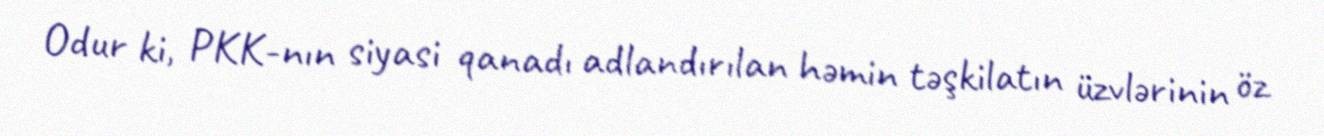
Odur ki, PKK-nın siyasi qanadı adlandırılan həmin təşkilatın üzvlərinin öz